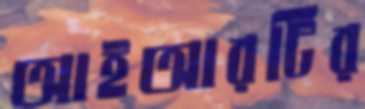
আইআরটির